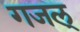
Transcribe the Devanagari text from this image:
गजल्